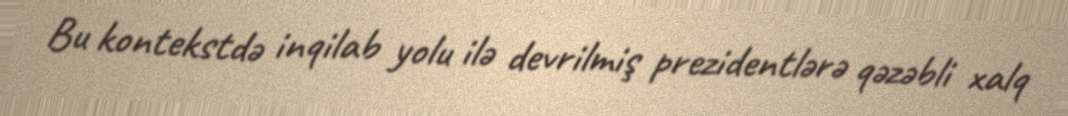
Bu kontekstdə inqilab yolu ilə devrilmiş prezidentlərə qəzəbli xalq